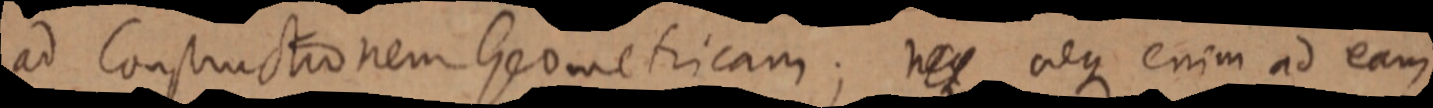
ad Constructionem Geometricam; neque aeque enim ad eam